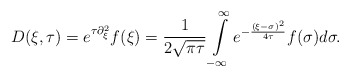
\begin{align*}D(\xi, \tau) = e^{\tau \partial^{2}_{\xi}} f(\xi) = \frac{1}{2\sqrt{\pi\tau}}\intop_{-\infty}^{\infty}e^{-\frac{\left(\xi-\sigma\right)^{2}}{4\tau}} f(\sigma)d\sigma.\end{align*}